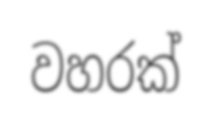
වහරක්